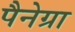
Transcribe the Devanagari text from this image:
पैनेग्रा